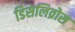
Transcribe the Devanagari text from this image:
डिसलिव्रोस